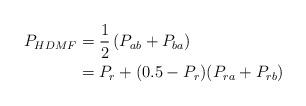
LaTeX: \begin{align*}\begin{aligned}P_{HDMF} &= \frac{1}{2} \left( P_{ab} + P_{ba} \right) \\&= P_r + (0.5 - P_r) (P_{ra} + P_{rb}) \end{aligned}\end{align*}